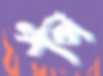
পপি